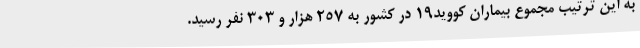
به این ترتیب مجموع بیماران کووید19 در کشور به 257 هزار و 303 نفر رسید.